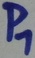
Text: P1